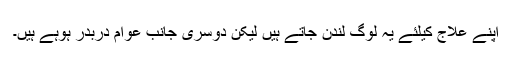
اپنے علاج کیلئے یہ لوگ لندن جاتے ہیں لیکن دوسری جانب عوام دربدر ہوہے ہیں۔